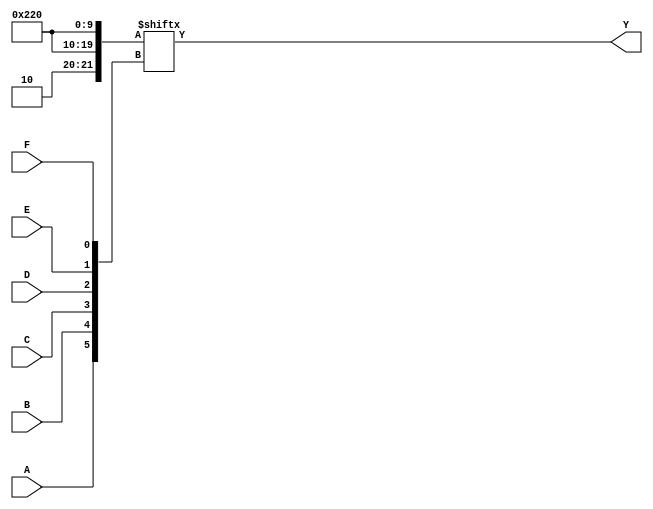
module six_variable_kmap (
    input wire A,   // Input variable A
    input wire B,   // Input variable B
    input wire C,   // Input variable C
    input wire D,   // Input variable D
    input wire E,   // Input variable E
    input wire F,   // Input variable F
    output wire Y   // Output signal Y
);

// Internal wire for the K-map cells
wire [63:0] kmap;

// Example K-map population based on a hypothetical truth table
// Each bit corresponds to a cell in the K-map, where 1 indicates the cell is filled
assign kmap[0]   = 1'b0;  // A'B'C'D'E'F'
assign kmap[1]   = 1'b0;  // A'B'C'D'E'F
assign kmap[2]   = 1'b0;  // A'B'C'D'EF'
assign kmap[3]   = 1'b0;  // A'B'C'D'EF
assign kmap[4]   = 1'b0;  // A'B'C'DE'F'
assign kmap[5]   = 1'b1;  // A'B'C'DE'F
// Continue filling in the rest of the K-map...
// For this example, let's assume a few more cells
assign kmap[6]   = 1'b0;  // A'B'C'DEF'
assign kmap[7]   = 1'b0;  // A'B'C'DEF
assign kmap[8]   = 1'b0;  // A'B'CD'E'F'
assign kmap[9]   = 1'b1;  // A'B'CD'E'F
// ...
assign kmap[62]  = 1'b0;  // A'BCDE'F
assign kmap[63]  = 1'b1;  // ABCDEF

// Implementing the output based on the K-map
assign Y = kmap[{A, B, C, D, E, F}]; // Accessing the K-map based on the input variables

endmodule